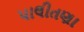
પાલીતણા